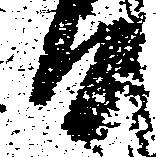
日